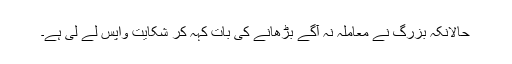
حالانکہ بزرگ نے معاملہ نہ آگے بڑھانے کی بات کہہ کر شکایت واپس لے لی ہے۔